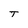
Character: T